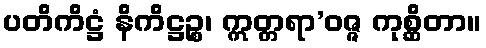
ပတိကိဋ္ဌံ နိကိဋ္ဌဉ္စ၊ ဣတ္တရာ’ဝဇ္ဇ ကုစ္ဆိတာ။